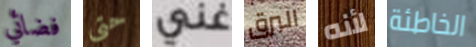
فضائي حتى غني البرق لأنه الخاطئة